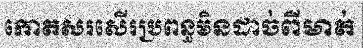
កោតសរសើរប្រពន្ធមិនដាច់ពីមាត់